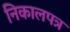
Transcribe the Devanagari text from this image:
निकालपत्र